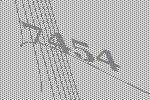
7454